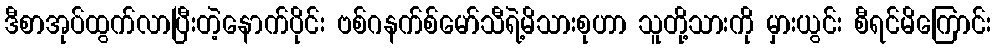
ဒီစာအုပ်ထွက်လာပြီးတဲ့နောက်ပိုင်း ဗစ်ဂနက်စ်မော်သီရဲ့မိသားစုဟာ သူတို့သားကို မှားယွင်း စီရင်မိကြောင်း